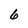
Character: 6